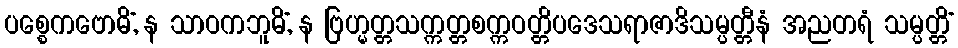
ပစ္စေကဗောဓိံ, န သာဝကဘူမိံ, န ဗြဟ္မတ္တသက္ကတ္တစက္ကဝတ္တိပဒေသရာဇာဒိသမ္ပတ္တီနံ အညတရံ သမ္ပတ္တိံ